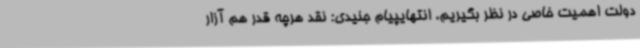
دولت اهمیت خاصی در نظر بگیریم. انتهایپیام جنیدی: نقد هرچه قدر هم آزار